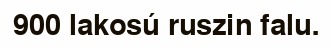
900 lakosú ruszin falu.